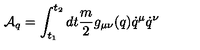
{ \cal A } _ { q } = \int _ { t _ { 1 } } ^ { t _ { 2 } } d t \frac { m } { 2 } g _ { \mu \nu } ( q ) \dot { q } ^ { \mu } \dot { q } ^ { \nu }